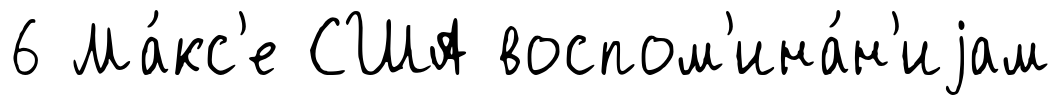
6 Ма́кс'е США воспом'ина́н'иjам